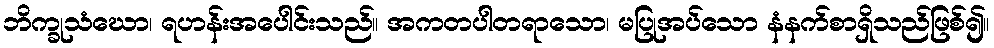
ဘိက္ခုသံဃော၊ ရဟန်းအပေါင်းသည်။ အကတပါတရာသော၊ မပြုအပ်သော နံနက်စာရှိသည်ဖြစ်၍။